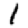
Digit: 1